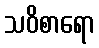
သဝိစာရော